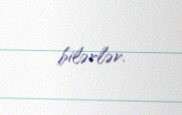
bilərlər.